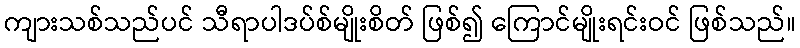
ကျားသစ်သည်ပင် သီရာပါဒပ်စ်မျိုးစိတ် ဖြစ်၍ ကြောင်မျိုးရင်းဝင် ဖြစ်သည်။